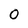
Character: 0